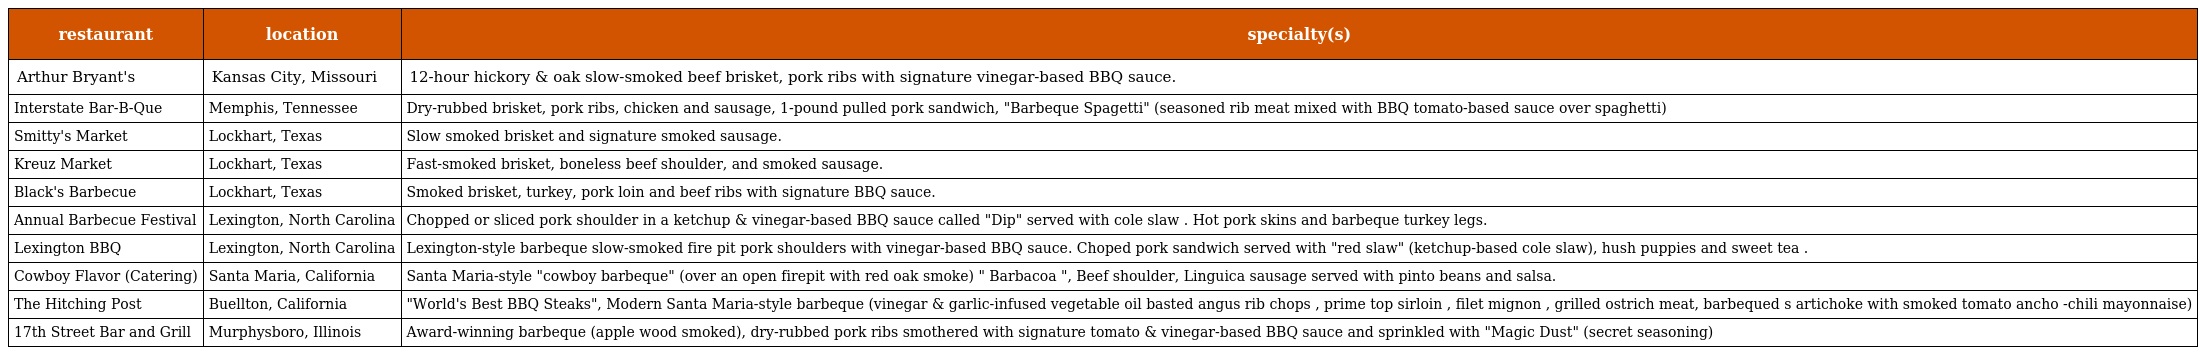
| restaurant | location | specialty(s) |
 | --- | --- | --- |
 | Arthur Bryant's | Kansas City, Missouri | 12-hour hickory & oak slow-smoked beef brisket, pork ribs with signature vinegar-based BBQ sauce. |
 | Interstate Bar-B-Que | Memphis, Tennessee | Dry-rubbed brisket, pork ribs, chicken and sausage, 1-pound pulled pork sandwich, "Barbeque Spagetti" (seasoned rib meat mixed with BBQ tomato-based sauce over spaghetti) |
 | Smitty's Market | Lockhart, Texas | Slow smoked brisket and signature smoked sausage. |
 | Kreuz Market | Lockhart, Texas | Fast-smoked brisket, boneless beef shoulder, and smoked sausage. |
 | Black's Barbecue | Lockhart, Texas | Smoked brisket, turkey, pork loin and beef ribs with signature BBQ sauce. |
 | Annual Barbecue Festival | Lexington, North Carolina | Chopped or sliced pork shoulder in a ketchup & vinegar-based BBQ sauce called "Dip" served with cole slaw . Hot pork skins and barbeque turkey legs. |
 | Lexington BBQ | Lexington, North Carolina | Lexington-style barbeque slow-smoked fire pit pork shoulders with vinegar-based BBQ sauce. Choped pork sandwich served with "red slaw" (ketchup-based cole slaw), hush puppies and sweet tea . |
 | Cowboy Flavor (Catering) | Santa Maria, California | Santa Maria-style "cowboy barbeque" (over an open firepit with red oak smoke) " Barbacoa ", Beef shoulder, Linguica sausage served with pinto beans and salsa. |
 | The Hitching Post | Buellton, California | "World's Best BBQ Steaks", Modern Santa Maria-style barbeque (vinegar & garlic-infused vegetable oil basted angus rib chops , prime top sirloin , filet mignon , grilled ostrich meat, barbequed s artichoke with smoked tomato ancho -chili mayonnaise) |
 | 17th Street Bar and Grill | Murphysboro, Illinois | Award-winning barbeque (apple wood smoked), dry-rubbed pork ribs smothered with signature tomato & vinegar-based BBQ sauce and sprinkled with "Magic Dust" (secret seasoning) |